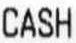
CASH